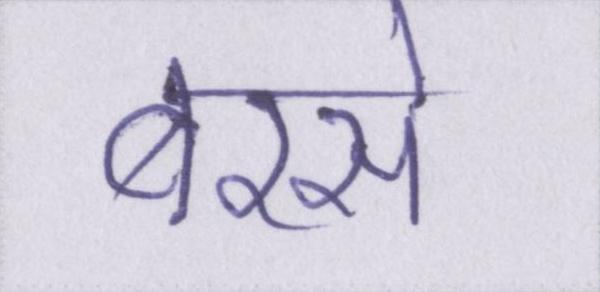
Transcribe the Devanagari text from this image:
बरसे